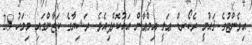
އިވެންޓުގެ ޤައުމީ ރެކޯރޑް ޢަލީ އިމްޢާން އައުކޮށްފިއެވެ. ރަޝިޔާގެ ކަޒާންގައި މިމަހު 28